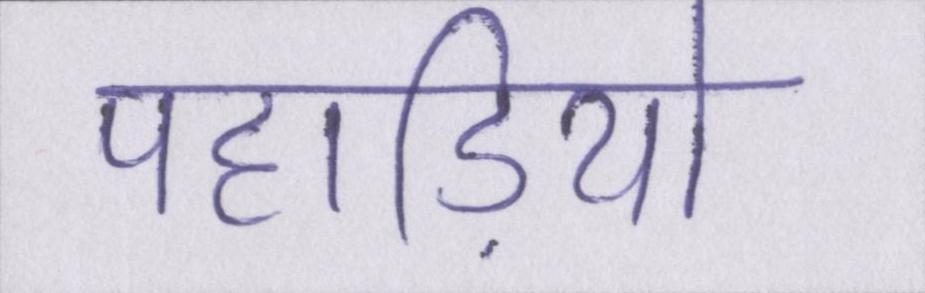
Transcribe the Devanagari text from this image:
पहाड़ियो